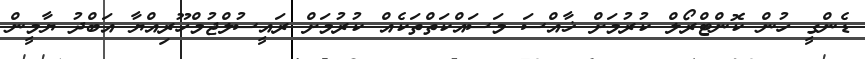
ޑެންގީ ހުން ކޮންޓްރޯލް ކުރުމަށް ޚާއްސަ މަސައްކަތްތަކެއް ކުރުމަށް ރައީސުލްޖުމްހޫރިއްޔާ އަބްދު ޔާމީން